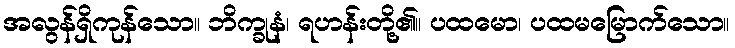
အလွန်ရှိကုန်သော။ ဘိက္ခုနံ၊ ရဟန်းတို့၏။ ပထမော၊ ပထမမြောက်သော။